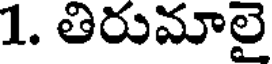
1. తిరుమాలై